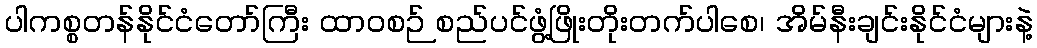
ပါကစ္စတန်နိုင်ငံတော်ကြီး ထာဝစဉ် စည်ပင်ဖွံ့ဖြိုးတိုးတက်ပါစေ၊ အိမ်နီးချင်းနိုင်ငံများနဲ့